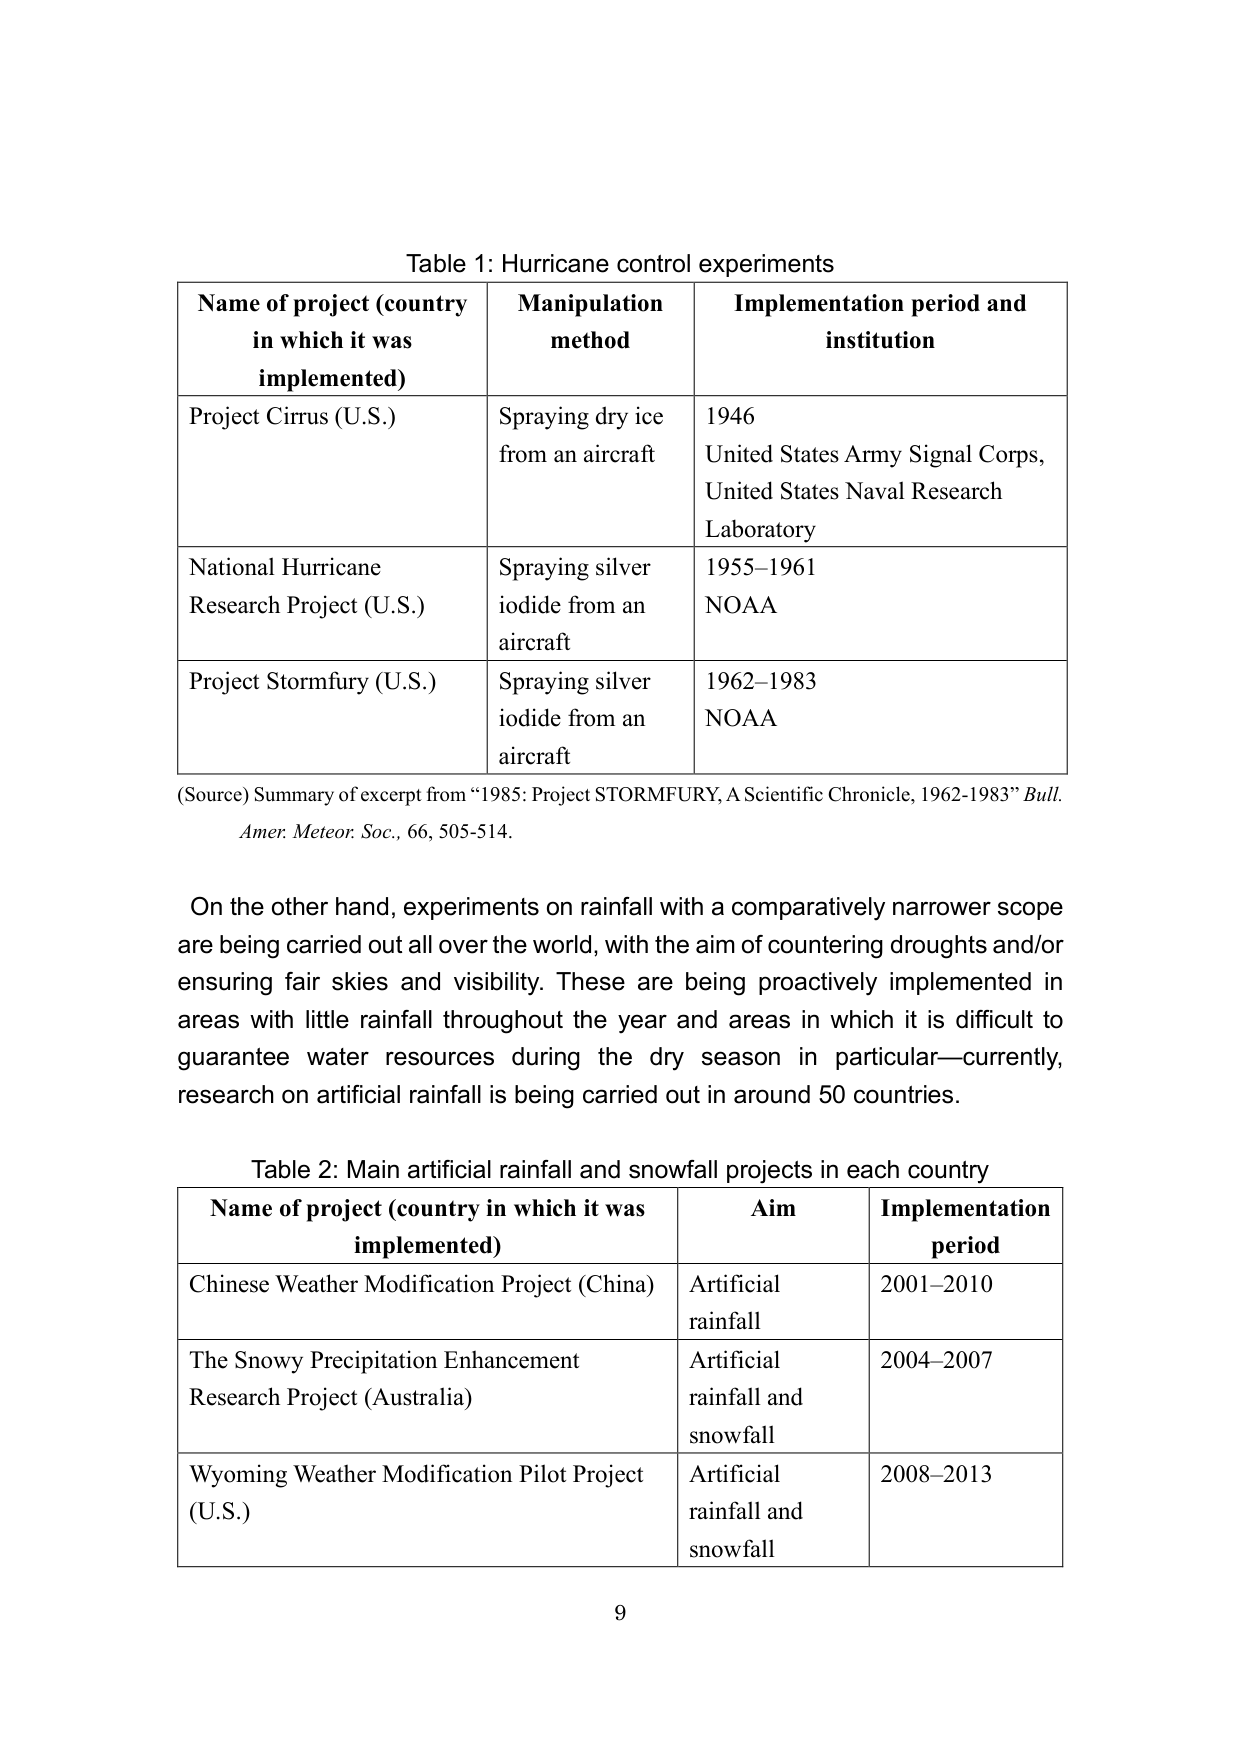
Table 1: Hurricane control experiments

Name of project (country in which it was implemented)	Manipulation method	Implementation period and institution
Project Cirrus (U.S.)	Spraying dry ice from an aircraft	1946 United States Army Signal Corps, United States Naval Research Laboratory
National Hurricane Research Project (U.S.)	Spraying silver iodide from an aircraft	1955–1961 NOAA
Project Stormfury (U.S.)	Spraying silver iodide from an aircraft	1962–1983 NOAA

(Source) Summary of excerpt from “1985: Project STORMFURY, A Scientific Chronicle, 1962-1983” Bull. Amer. Meteor. Soc., 66, 505-514.

On the other hand, experiments on rainfall with a comparatively narrower scope are being carried out all over the world, with the aim of countering droughts and/or ensuring fair skies and visibility. These are being proactively implemented in areas with little rainfall throughout the year and areas in which it is difficult to guarantee water resources during the dry season in particular—currently, research on artificial rainfall is being carried out in around 50 countries.

Table 2: Main artificial rainfall and snowfall projects in each country

Name of project (country in which it was implemented)	Aim	Implementation period
Chinese Weather Modification Project (China)	Artificial rainfall	2001–2010
The Snowy Precipitation Enhancement Research Project (Australia)	Artificial rainfall and snowfall	2004–2007
Wyoming Weather Modification Pilot Project (U.S.)	Artificial rainfall and snowfall	2008–2013

9